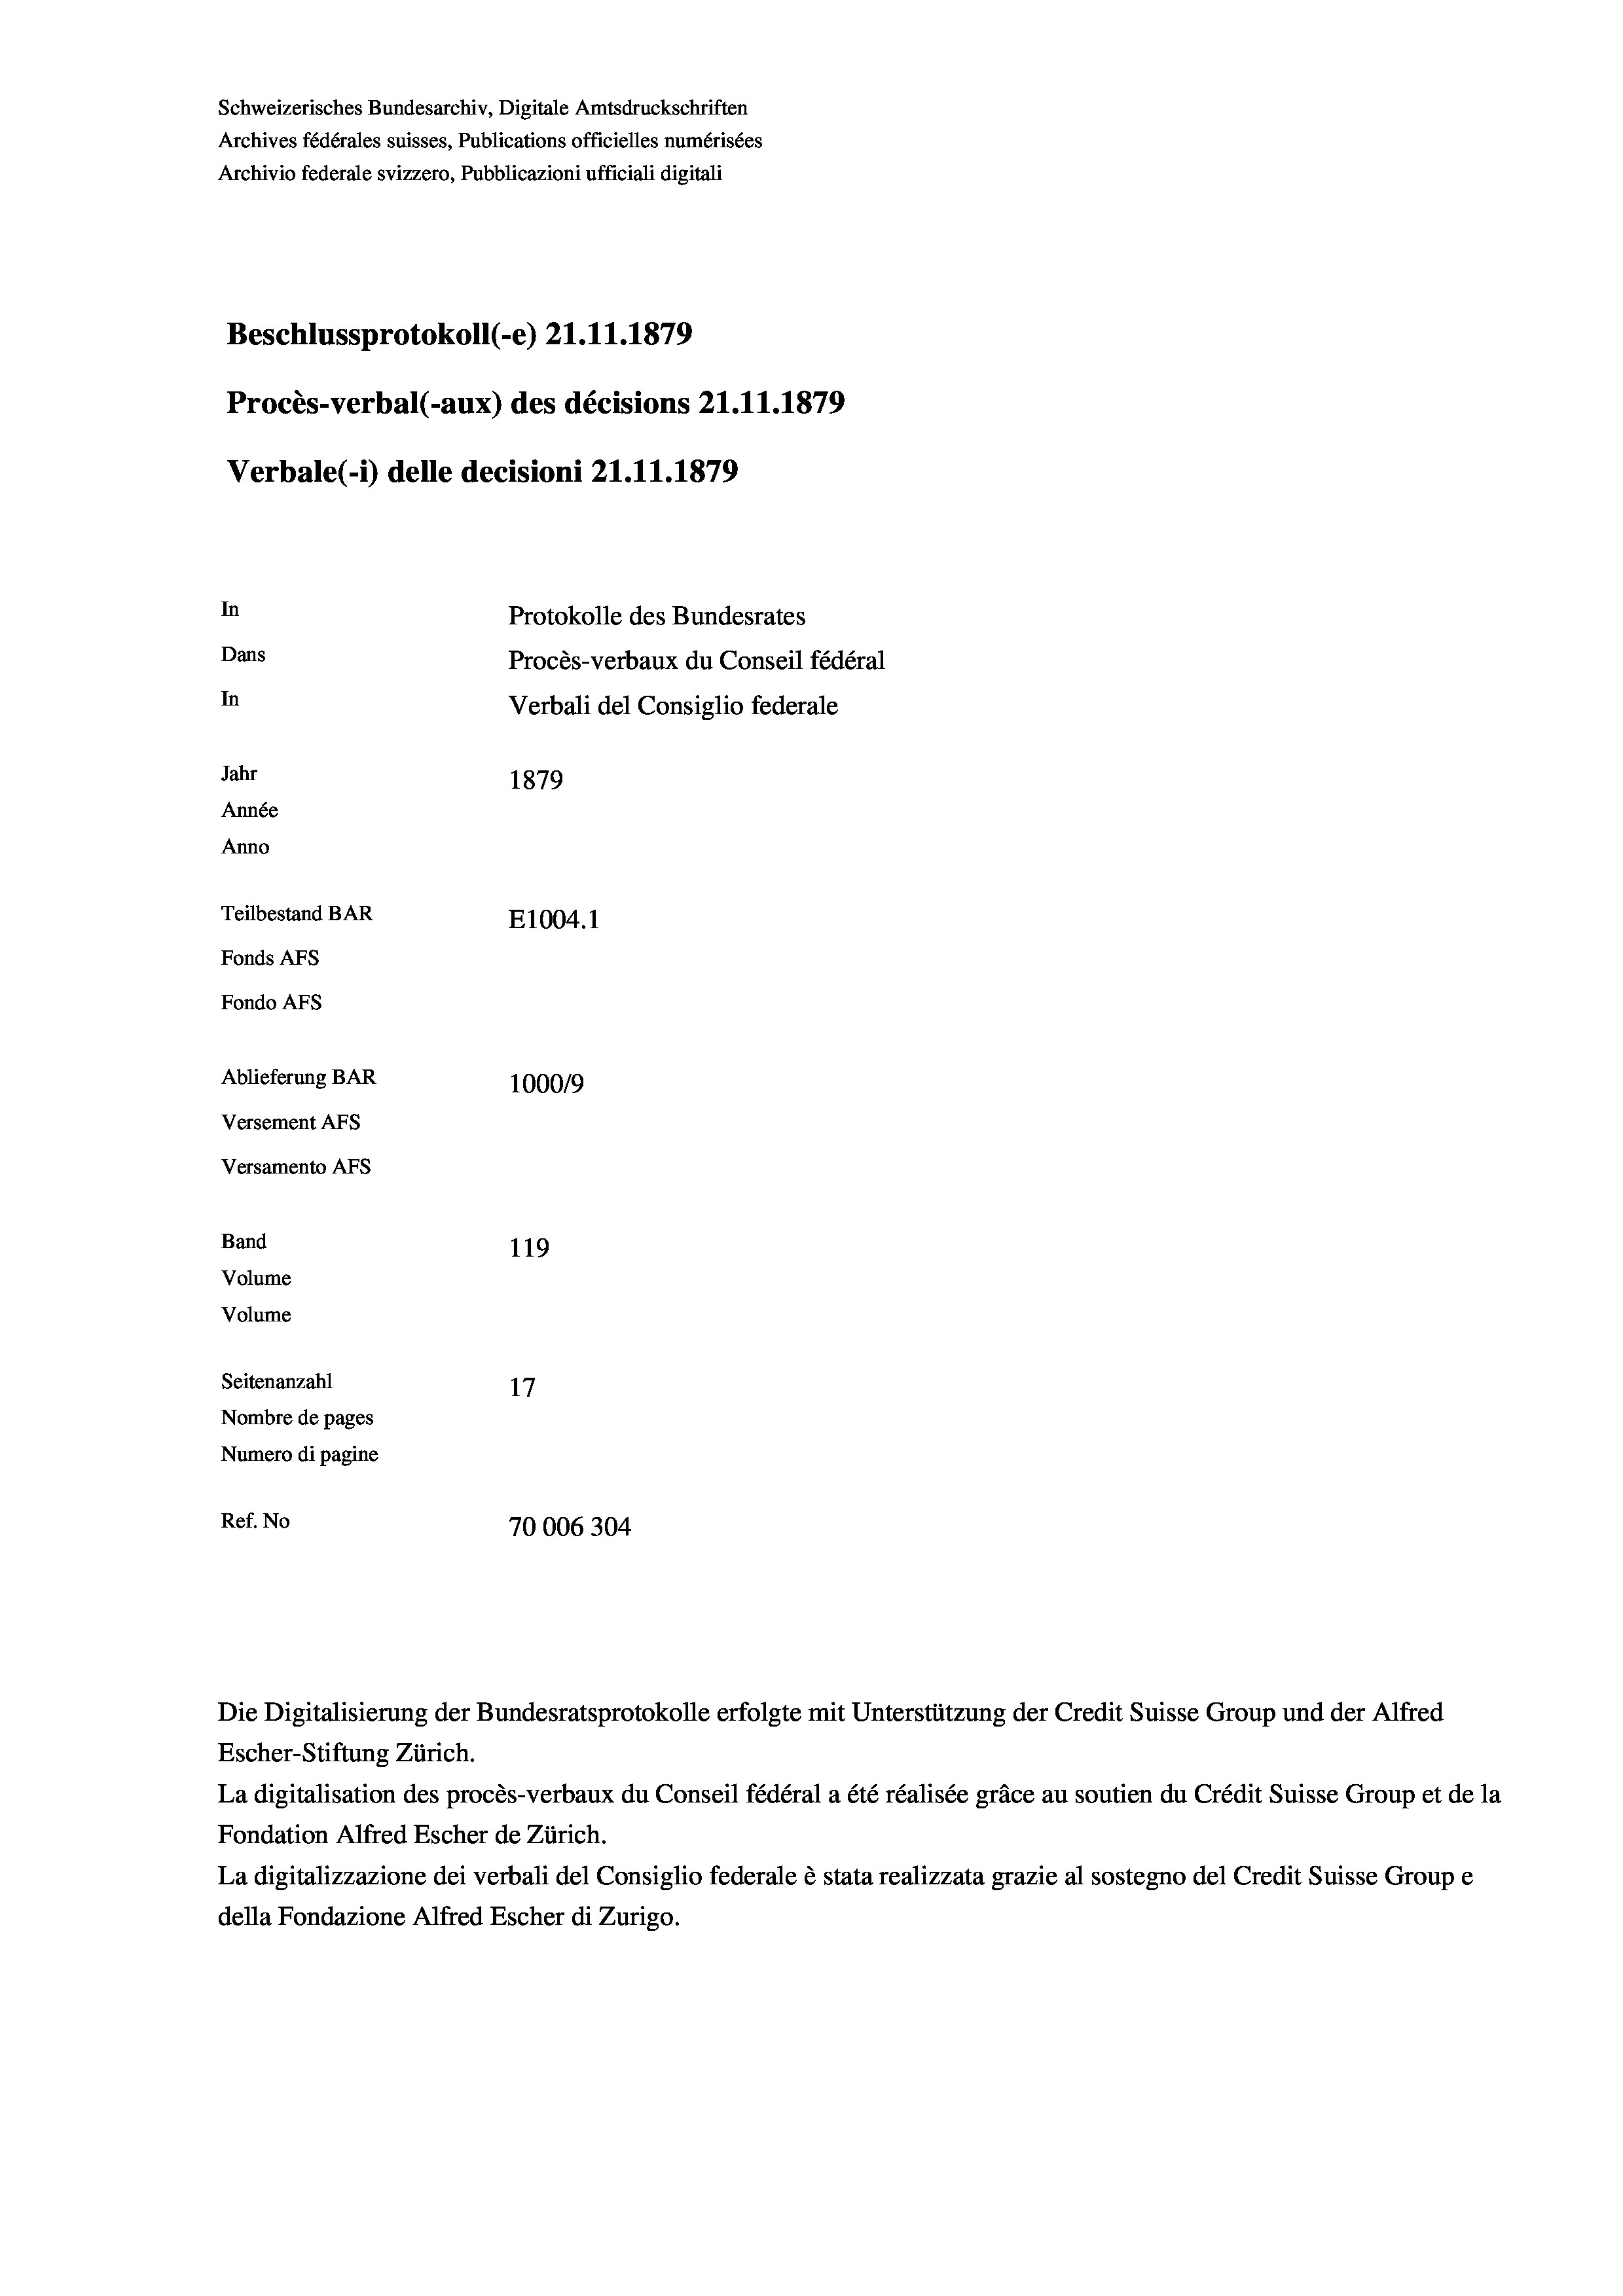
Schweizerisches Bundesarchiv, Digitale Amtsdruckschriften
Archives fédérales suisses, Publications officielles numérisées
Archivio federale svizzero, Pubblicazioni ufficiali digitali
Beschlussprotokoll (-e) 21.11.1879
Procès-verbal (-aux) des décisions 21.11.1879
Verbale (i) delle decisioni 21.11.1879
In
Protokolle des Bundesrates
Dans
Procès-verbaux du Conseil fédéral
In
Verbali del Consiglio federale
Jahr
1879
Année
Anno
Teilbestand BAR
E1004.1
Fonds Afs
Fondo AFs
Ablieferung BAR
1000/9
Versement Abs
Versamento Afs
Band
119

Volume
Volume
Seitenanzahl
17
Nombre de pages
Numero di pagine
Ref. No
70006304

Die Digitalisierung der Bundesratsprotokolle erfolgte mit Unterstützung der Credit Suisse Group und der Alfred
Escher-Stiftung Zürich.
La digitalisation des procès-verbaux du Conseil fédéral a été réalisée gräce au soutien du Crédit Suisse Group et de la
Fondation Alfred Escher de Zürich.
La digitalizzazione dei verbali del Consiglio federale è stata realizzata grazie al sostegno del Credit Suisse Groupe
della Fondazione Alfred Escher di Zurigo.